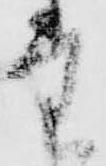
堂